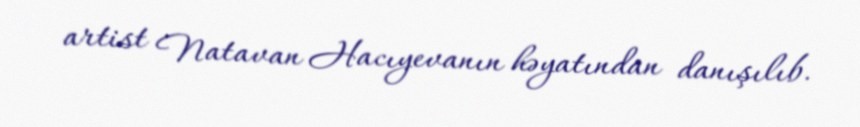
artist Natavan Hacıyevanın həyatından danışılıb.